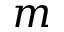
m